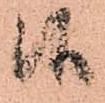
候